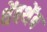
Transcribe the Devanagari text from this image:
थेंबथेंब